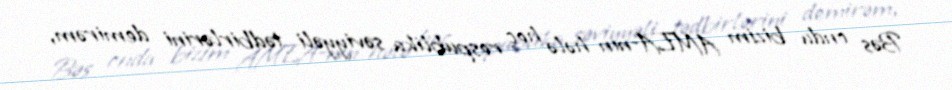
Bəs onda bizim AMEA-nın hələ heç respublika səviyyəli tədbirlərini demirəm,